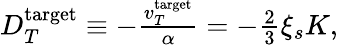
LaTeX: \begin{array}{r}{D_{T}^{\mathrm{target}}\equiv-\frac{v_{T}^{\mathrm{target}}}{\alpha}=-\frac{2}{3}\xi_{s}K,}\end{array}